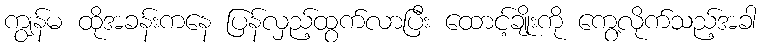
ကျွန်မ ထိုအခန်းကနေ ပြန်လှည့်ထွက်လာပြီး ထောင့်ချိုးကို ကွေ့လိုက်သည့်အခါ